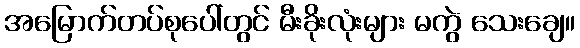
အမြောက်တပ်စုပေါ်တွင် မီးခိုးလုံးများ မကွဲ သေးချေ။